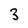
Character: 3